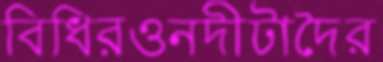
বিধিরওনদীটাদৈর